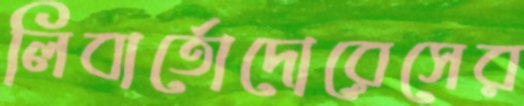
লিবার্তোদোরেসের